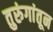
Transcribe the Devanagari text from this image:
तुरुंगांतून